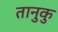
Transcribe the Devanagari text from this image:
तानुकु